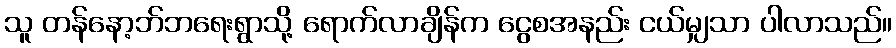
သူ တန်နော့ဘ်ဘရေးရွာသို့ ရောက်လာချိန်က ငွေစအနည်း ငယ်မျှသာ ပါလာသည်။